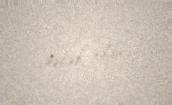
səbəb oldu.